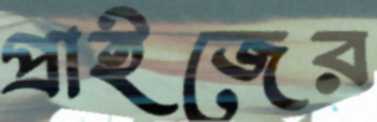
প্রাইজের